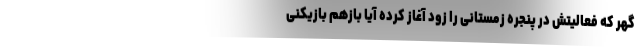
گهر که فعالیتش در پنجره زمستانی را زود آغاز کرده آیا بازهم بازیکنی